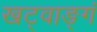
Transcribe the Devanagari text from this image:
खट्वाङ्गं